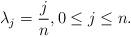
LaTeX: \begin{align*} \lambda_j = \frac{j}{n}, 0 \le j \le n.\end{align*}